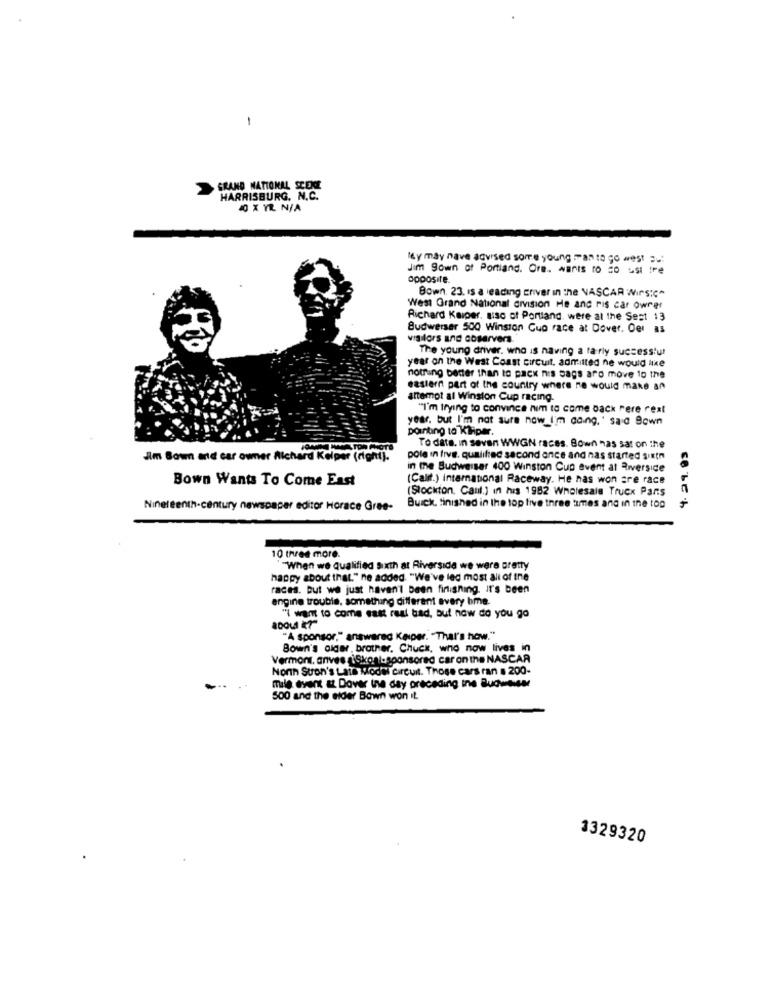
-
GRAND NATIONAL SCENE
HARRISBURG. N.C.
40 X YL N/A
My may have advised some young Tan to go west Bu
Jim 9own of Portland. Ore. wants to do ust Ire
opposite.
Bown. 23. Is a leading Eriver in the NASCAR Wirsich
West Grand National division He and ris car Owner
Richard Kaiper, siso of Portland, were at the Sest 13
Budweiser 500 Winston Cuo race at Dover, Der as
visitors and coservers.
The young driver. who is having a fairly successtur
year on the West Coast circuit, admitted ne would like
nothing better than to pack nis sags ard move to the
eastern part of the country where ne would make an
attempt al Winston Cup racing.
"I'm trying to convince him to come back Pere rest
year. but I'm not sure now I'm going,' said Bown
pointing to Kiliper.
To date. In seven WWGN races. Bown nas sat on the
9.29.93
Jm Bown and car oumer Richard Kelper (right
pole in five. qualified second once and nas started sixth
in the Budweiser 400 Winston Cup event at Riverside
Bown Wants To Come East
(Calif.) international Raceway. He has won are race
(Stockton, Caul.] in his 1962 Wholesale Truck Pans
Nineteenth-century newspaper editor Horace Gree-
Buick. finished in the top five three times and in the top
10 three more.
"When we qualified Sixth at Riverside we were pretty
happy about that." ne added. "We've leg most ali of Ine
races. But we just haven't been finishing, it's been
angine trouble. something different every bme.
"i want to come east real bad, but now do you go
"A sponsor," answered Kasper. "That's how."
Bown's alder, brother, Chuck, who now lives in
Vermont, anvesziSkonl-sponsored car onthe NASCAR
Nonn Stron's Lats Model circuit. Those cars ran . 200-
mile event a Dover Ine day preceding ine BudweisMe
500 and the elder Bown won it
1329320